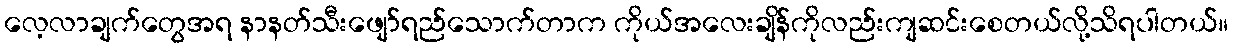
လေ့လာချက်တွေအရ နာနတ်သီးဖျော်ရည်သောက်တာက ကိုယ်အလေးချိန်ကိုလည်းကျဆင်းစေတယ်လို့သိရပါတယ်။